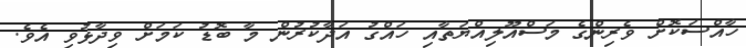
ހާއްސަކޮށް ވެރިންގެ މަސްއޫލިއްޔަތާއި ހައްގު އަދާކުރުން މާ ބޮޑު ކަމަށް ވިދާޅުވި އެވެ.